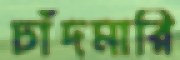
চাঁদমারি